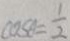
\cos \theta = \frac { 1 } { 2 }